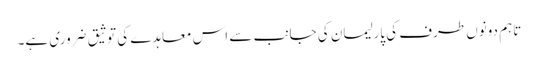
تاہم دونوں طرف کی پارلیمان کی جانب سے اس معاہدے کی توثیق ضروری ہے۔